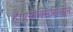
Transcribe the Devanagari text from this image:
हैं।एमॉक्सिसिलीन